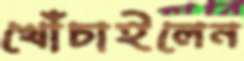
খোঁচাইলেন